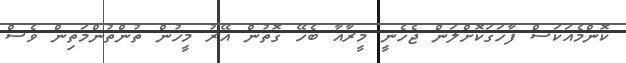
ކޮންމެއަކަސް ފާހަގަކޮށްލަން ޖެހެނީ މީރާއާ ބެހޭ ގޮތުން އޭރު މީހުން ތުންތުންމަތިން ވެސް